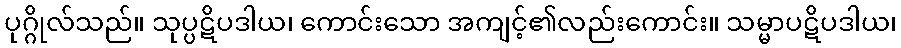
ပုဂ္ဂိုလ်သည်။ သုပ္ပဋိပဒါယ၊ ကောင်းသော အကျင့်၏လည်းကောင်း။ သမ္မာပဋိပဒါယ၊